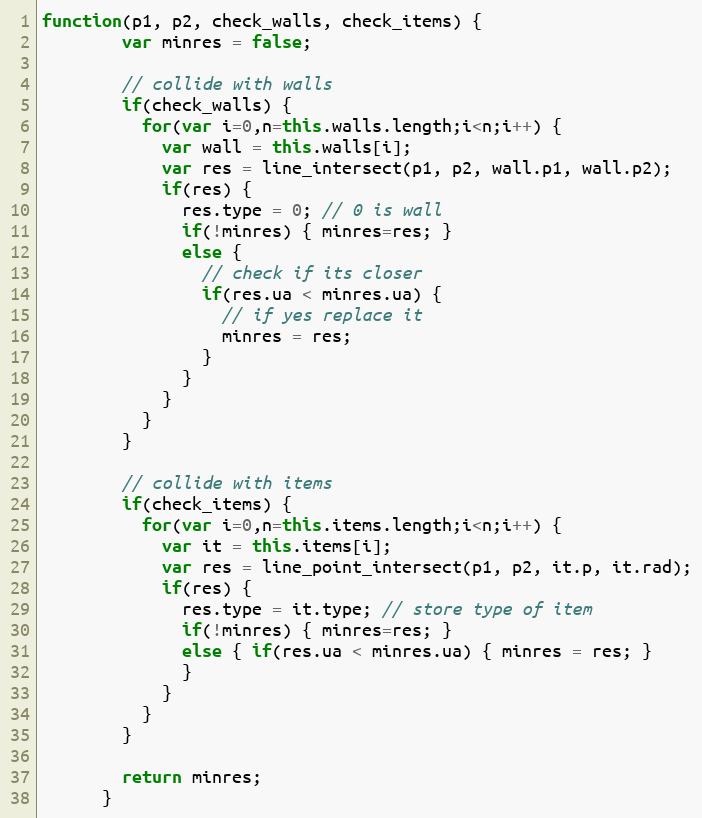
Language: JavaScript
function(p1, p2, check_walls, check_items) {
        var minres = false;

        // collide with walls
        if(check_walls) {
          for(var i=0,n=this.walls.length;i<n;i++) {
            var wall = this.walls[i];
            var res = line_intersect(p1, p2, wall.p1, wall.p2);
            if(res) {
              res.type = 0; // 0 is wall
              if(!minres) { minres=res; }
              else {
                // check if its closer
                if(res.ua < minres.ua) {
                  // if yes replace it
                  minres = res;
                }
              }
            }
          }
        }

        // collide with items
        if(check_items) {
          for(var i=0,n=this.items.length;i<n;i++) {
            var it = this.items[i];
            var res = line_point_intersect(p1, p2, it.p, it.rad);
            if(res) {
              res.type = it.type; // store type of item
              if(!minres) { minres=res; }
              else { if(res.ua < minres.ua) { minres = res; }
              }
            }
          }
        }

        return minres;
      }